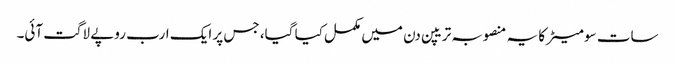
سات سو میٹرکا یہ منصوبہ تریپن دن میں مکمل کیا گیا، جس پر ایک ارب روپے لاگت آئی۔